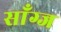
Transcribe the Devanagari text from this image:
साँग्ज